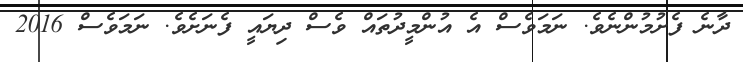
ދާނެ ފެށުމުންނެވެ. ނަމަވެސް އެ އުންމީދުތައް ވެސް ދިޔައީ ފެނަށެވެ. ނަމަވެސް 2016